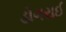
ડોગરાઈ